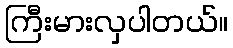
ကြီးမားလှပါတယ်။